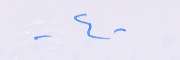
-٤-